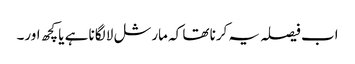
اب فیصلہ یہ کرنا تھا کہ مارشل لا لگانا ہے یا کچھ اور۔